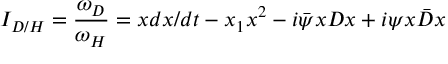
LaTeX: I _ { D / H } = \frac { \omega _ { D } } { \omega _ { H } } = x d x / d t - x _ { 1 } x ^ { 2 } - i \bar { \psi } x D x + i \psi x \bar { D } x